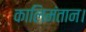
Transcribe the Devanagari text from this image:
कालिमंतान।